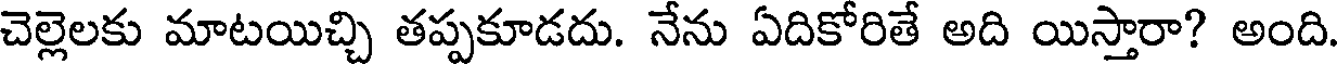
చెల్లెలకు మాటయిచ్చి తప్పకూడదు. నేను ఏదికోరితే అది యిస్తారా? అంది